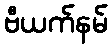
ဗီယက်နမ်